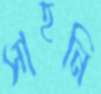
সাহনি